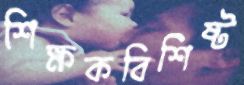
শিক্ষকবিশিষ্ট